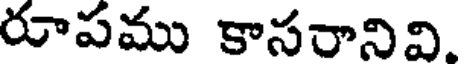
రూపము కాసరానివి.